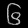
Digit: ၆